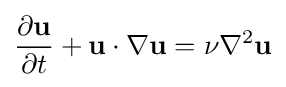
{\frac {\partial \mathbf {u} }{\partial t}}+\mathbf {u} \cdot \nabla \mathbf {u} =\nu \nabla ^{2}\mathbf {u}